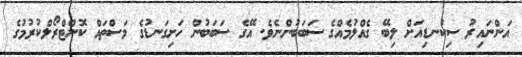
އަންނައިރު ސިކުނޑިއަށް ލިބޭ ގެއްލުމެއްގެ ސަބަބުންނެވެ. އޭގެ ސަބަބުން ހަށިގަނޑުގެ މަސްތައް ކޮންޓްރޯލްކުރުމުގެ